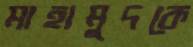
মাহামুদকে